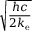
\sqrt { \frac { h c } { 2 k _ { \mathrm { e } } } }